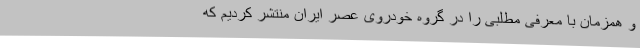
و همزمان با معرفی مطلبی را در گروه خودروی عصر ایران منتشر کردیم که